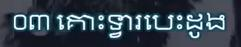
០៣ គោះទ្វារបេះដូង